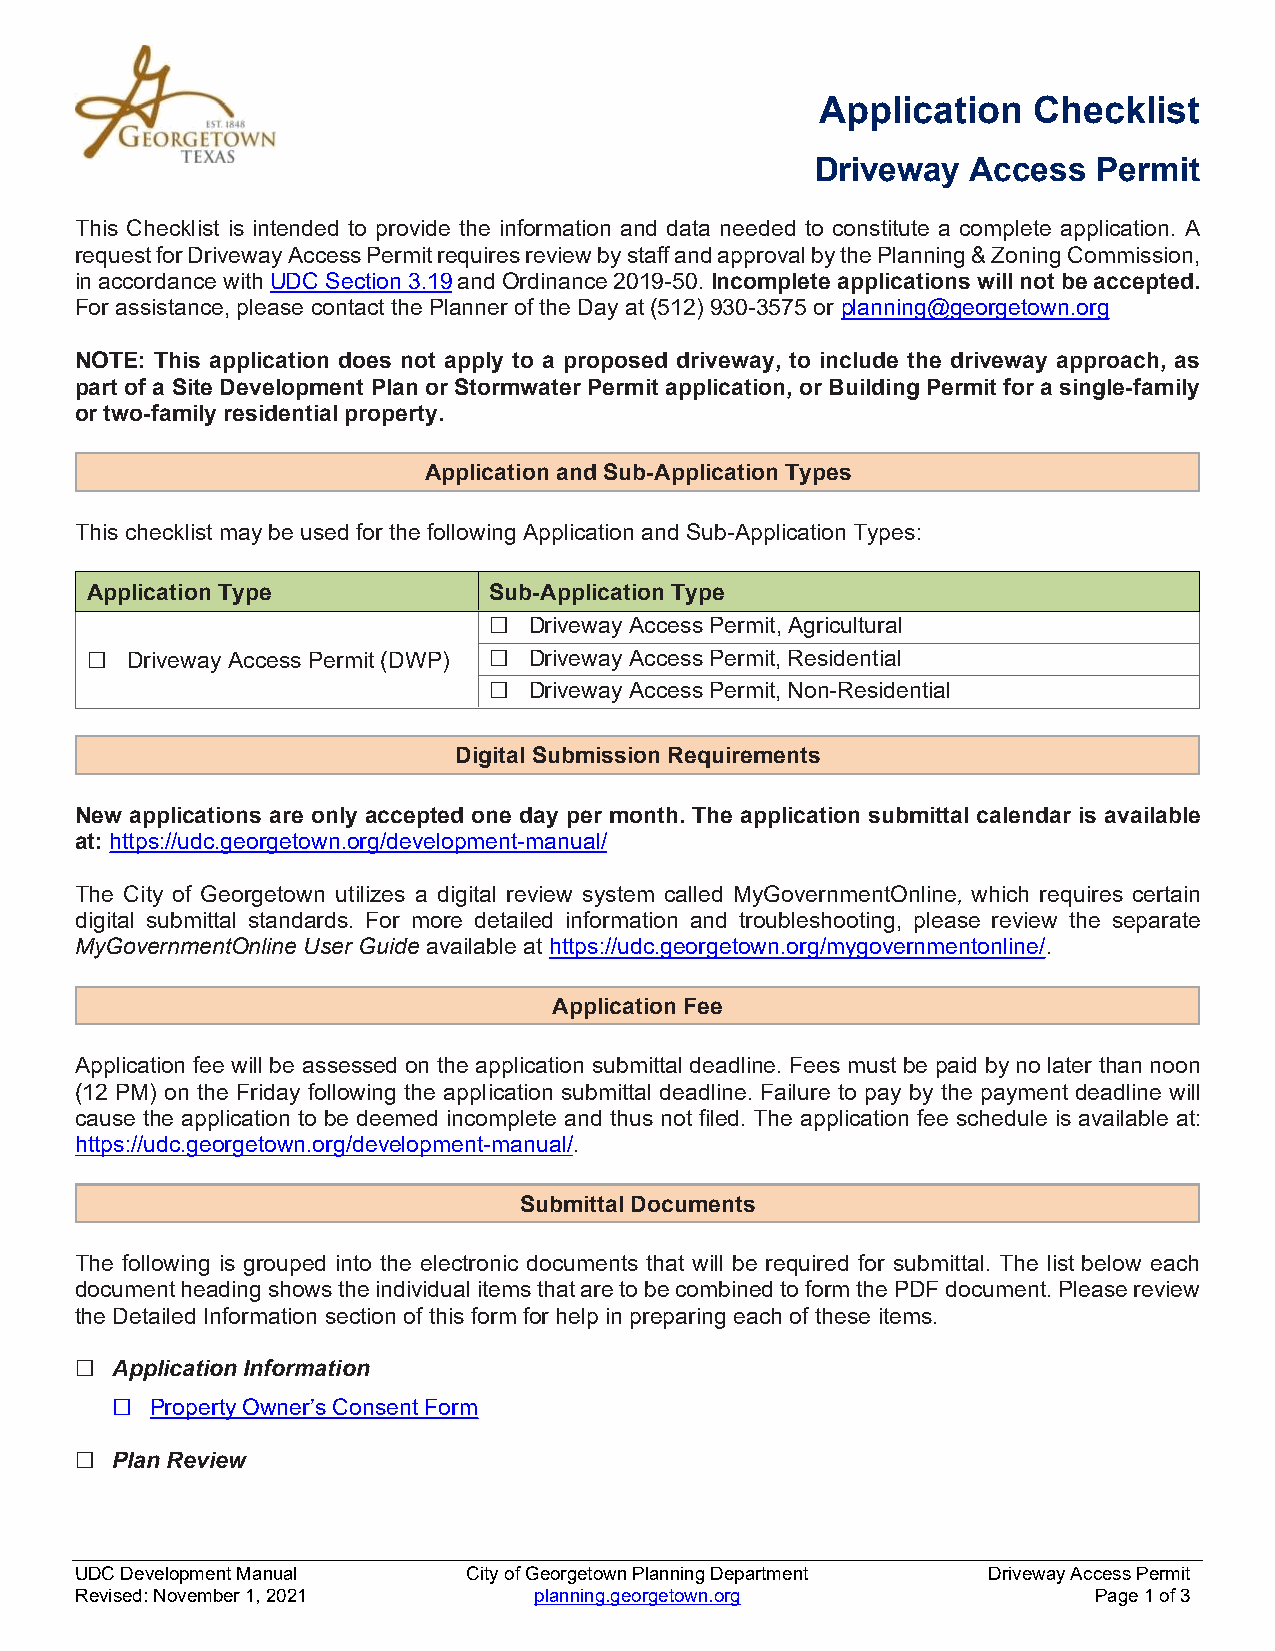
Application   Checklist
 Driveway  Access   Permit
 This Checklist is intended to provide the information and data needed to constitute a complete application. A
 request for Driveway Access Permit requires review by staff and approval by the Planning & Zoning Commission,
 in accordance with UDC Section 3.19 and Ordinance 2019-50. Incomplete applications will not be accepted.
 For assistance, please contact the Planner of the Day at (512) 930-3575 or planning@georgetown.org
 NOTE: This application does not apply to a proposed driveway, to include the driveway approach, as
 part of a Site Development Plan or Stormwater Permit application, or Building Permit for a single-family
 or two-family residential property.
 Application and Sub-Application Types
 This checklist may be used for the following Application and Sub-Application Types:
 Application Type          Sub-Application Type
 ☐  Driveway Access Permit, Agricultural
 ☐ Driveway Access Permit (DWP) ☐ Driveway Access Permit, Residential
 ☐  Driveway Access Permit, Non-Residential
 Digital Submission Requirements
 New applications are only accepted one day per month. The application submittal calendar is available
 at: https://udc.georgetown.org/development-manual/
 The City of Georgetown utilizes a digital review system called MyGovernmentOnline, which requires certain
 digital submittal standards. For more detailed information and troubleshooting, please review the separate
 MyGovernmentOnline User Guide available at https://udc.georgetown.org/mygovernmentonline/.
 Application Fee
 Application fee will be assessed on the application submittal deadline. Fees must be paid by no later than noon
 (12 PM) on the Friday following the application submittal deadline. Failure to pay by the payment deadline will
 cause the application to be deemed incomplete and thus not filed. The application fee schedule is available at:
 https://udc.georgetown.org/development-manual/.
 Submittal Documents
 The following is grouped into the electronic documents that will be required for submittal. The list below each
 document heading shows the individual items that are to be combined to form the PDF document. Please review
 the Detailed Information section of this form for help in preparing each of these items.
 ☐ Application Information
 □  Property Owner’s Consent Form
 ☐ Plan Review
 UDC Development Manual    City of Georgetown Planning Department Driveway Access Permit
 Revised: November 1, 2021     planning.georgetown.org              Page 1 of 3